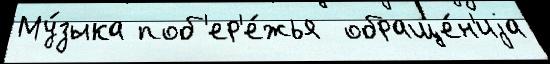
Му́зыка поб'ер'е́жья  обраще́н'иjа